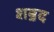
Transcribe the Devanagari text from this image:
शॿद